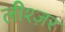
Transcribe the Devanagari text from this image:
लीश्ज़र